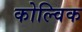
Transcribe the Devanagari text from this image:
कोल्विक